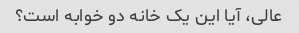
عالی، آیا این یک خانه دو خوابه است؟